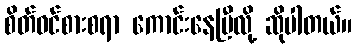
စိတ်ဝင်စားစရာ ကောင်းနေပြီလို့ ဆိုပါတယ်။